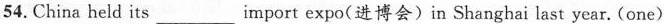
54. China held its___import expo(进博会)in Shanghai last year.(one)